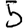
Digit: 5